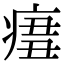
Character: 𤷨